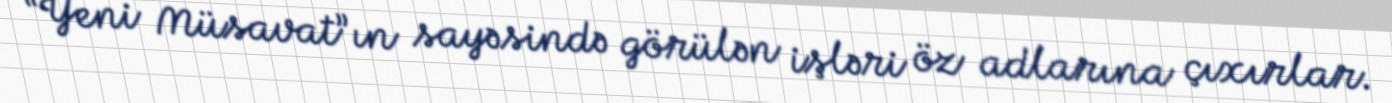
“Yeni Müsavat”ın sayəsində görülən işləri öz adlarına çıxırlar.